Lunatic asylums in Bengal annual reports 1888-1898 - 1888-1898
Year: 1888
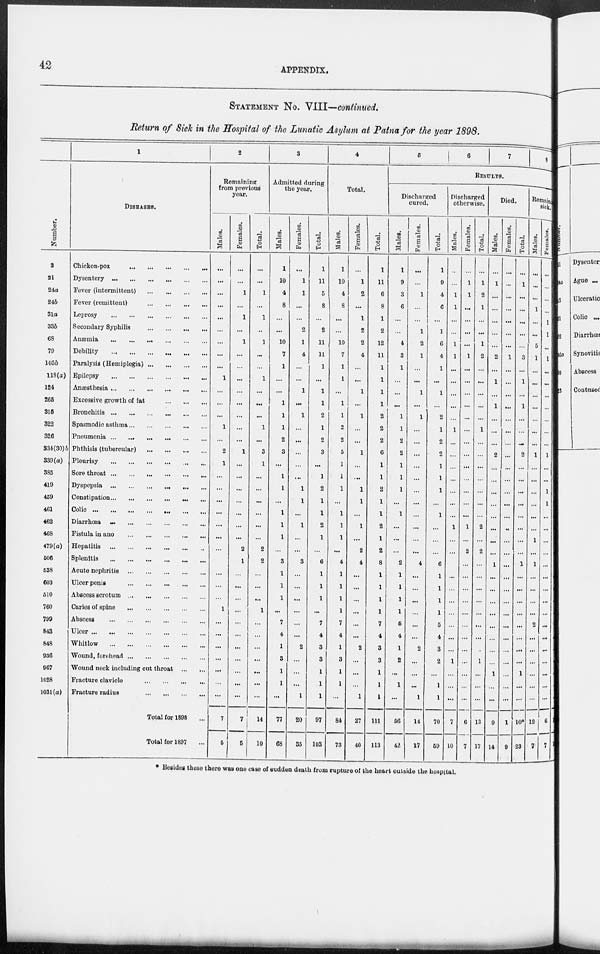
42
APPENDIX.
STATEMENT No. VIII—continued.
Return of Sick in the Hospital of the Lunatic Asylum at Patna for the year 1898.
Number.
3
21
24a
24b
31a
33b
68
79
103b
118(a)
124
265
315
322
326
334(30)b
330(a)
385
419
459
461
462
468
479(a)
506
538
603
510
760
799
843
848
936
967
1028
1031(a)
1
DISEASES.
Chicken-pox
...
...
...
...
...
Dysentery
...
...
...
...
...
...
Fever (intermittent)
...
...
...
...
Fever (remittent)
...
...
...
...
Leprosy
...
...
...
...
...
...
Secondary Syphilis
...
...
...
...
Anæmia
...
...
...
...
...
...
Debility
...
...
...
...
...
...
Paralysis (Hemiplegia)
...
...
...
...
Epilepsy
...
...
...
...
...
...
Anæsthesia
...
...
...
...
...
...
Excessive growth of fat
...
...
...
Bronchitis
...
...
...
...
...
...
Spasmodic asthma
...
...
...
...
...
Pneumonia
...
...
...
...
...
...
Phthisis (tubercular)
...
...
...
...
Pleurisy
...
...
...
...
...
...
Sore throat
...
...
...
...
...
...
Dyspepsia ... ... ... ... ... ...
Constipation... ... ... ... ... ...
Colic
...
...
...
...
...
...
Diarrhœa
...
...
...
...
...
...
Fistula in ano
...
...
...
...
...
Hepatitis ... ... ... ... ... ...
Splenitis ... ... ... ... ... ...
Acute nephritis
...
...
...
...
...
Ulcer penis
...
...
...
...
...
Abscess scrotum
... ... ... ... ...
Caries of spine
...
...
...
...
...
Abscess
...
...
...
...
...
...
Ulcer
...
...
...
...
...
...
...
Whitlow
...
...
...
...
...
...
Wound, forehead
...
...
...
...
...
Wound neck including cut throat
...
...
Fracture clavicle
...
...
...
...
Fracture radius
...
...
...
...
Total for 1898 ...
Total for 1897 ...
2
Remaining
from previous
year.
Males.
...
...
...
...
...
...
...
...
...
1
...
...
...
1
...
2
1
...
...
...
...
...
...
...
...
...
...
...
1
...
...
...
...
...
...
...
7
5
Females.
...
...
1
...
1
...
1
...
...
...
...
...
...
...
...
1
...
...
...
...
...
...
...
2
1
...
...
...
...
...
...
...
...
...
...
...
7
5
Total.
...
...
1
...
1
...
1
...
...
1
...
...
...
1
...
3
1
...
...
...
...
...
...
2
2
...
...
...
1
...
...
...
...
...
...
...
14
10
3
Admitted during
the year.
Males.
1
10
4
8
...
...
10
7
1
...
...
1
1
1
2
3
...
1
1
...
1
1
1
...
3
1
1
1
...
7
4
1
3
1
1
...
77
68
Females.
...
1
1
...
...
2
1
4
...
...
1
...
1
...
...
...
...
...
1
1
...
1
...
...
3
...
...
...
...
...
...
2
...
...
...
1
20
35
Total.
1
11
5
8
...
2
11
11
1
...
1
1
2
1
2
3
...
1
2
1
1
2
1
...
6
1
1
1
...
7
4
3
3
1
1
1
97
103
4
Total.
Males.
1
10
4
8
...
...
10
7
1
1
...
1
1
2
2
5
1
1
1
...
1
1
1
...
4
1
1
1
1
7
4
1
3
1
1
...
84
73
Females.
...
1
2
...
1
2
2
4
...
...
1
...
1
...
...
1
...
...
1
1
...
1
...
2
4
...
...
...
...
...
...
2
...
...
...
1
27
40
Total.
1
11
6
8
1
2
12
11
1
1
1
1
2
2
2
6
1
1
2
1
1
2
1
2
8
1
1
1
1
7
4
3
3
1
1
1
111
113
5
6
7
8
RESULTS.
Discharged
cured.
Males.
1
9
3
6
...
...
4
3
1
...
...
...
1
1
2
2
1
1
1
...
1
...
...
...
2
1
1
1
1
5
4
1
2
...
1
...
56
42
Females.
...
...
1
...
...
1
2
1
...
...
1
...
1
...
...
...
...
...
...
...
...
...
...
...
4
...
...
...
...
...
...
2
...
...
...
1
14
17
Total.
1
9
4
6
...
1
6
4
1
...
1
...
2
1
2
2
1
1
1
...
1
...
...
...
6
1
1
1
1
5
4
3
2
...
1
1
70
59
Discharged
otherwise.
Males.
...
...
1
1
...
...
1
1
...
...
...
...
...
1
...
...
...
...
...
...
...
1
...
...
...
...
...
...
...
...
...
...
1
...
...
...
7
10
Females.
...
1
1
...
...
...
...
1
...
...
...
...
...
...
...
...
...
...
...
...
...
1
...
2
...
...
...
...
...
...
...
...
...
...
...
...
6
7
Total.
...
1
2
1
...
...
1
2
...
...
...
...
...
1
...
...
...
...
...
...
...
2
...
2
...
...
...
...
...
...
...
...
1
...
...
...
13
17
Died.
Males.
...
1
...
...
...
...
...
2
...
1
...
1
...
...
...
2
...
...
...
...
...
...
...
...
1
...
...
...
...
...
...
...
...
1
...
...
9
14
Females.
...
...
...
...
...
...
...
1
...
...
...
...
...
...
...
...
...
...
...
...
...
...
...
...
...
...
...
...
...
...
...
...
...
...
...
...
1
9
Total.
...
1
...
...
...
...
...
3
...
1
...
1
...
...
...
2
...
...
...
...
...
...
...
...
1
...
...
...
...
...
...
...
...
1
...
...
10*
23
Remaining
sick.
Males.
...
...
...
1
...
...
5
1
...
...
...
...
...
...
...
1
...
...
...
...
...
...
1
...
1
...
...
...
...
2
...
...
...
...
...
...
12
7
Females.
...
...
...
...
1
1
...
1
...
...
...
...
...
...
...
1
...
...
1
1
...
...
...
...
...
...
...
...
...
...
...
...
...
...
...
...
6
7
* Besides these there was one case of sudden death from rupture of the heart outside the hospital.